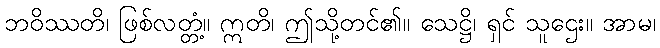
ဘဝိဿတိ၊ ဖြစ်လတ္တံ့။ ဣတိ၊ ဤသို့တင်၏။ သေဋ္ဌိ၊ ရှင် သူဌေး။ အာမ၊